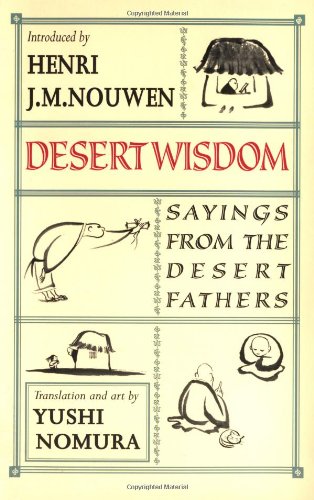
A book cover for Desert Wisdom: Sayings from the Desert Fathers; Yushi Nomura; Religion & Spirituality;